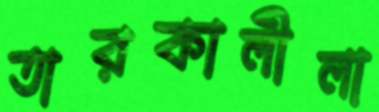
তারকালীলা